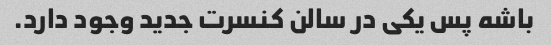
باشه پس یکی در سالن کنسرت جدید وجود دارد.